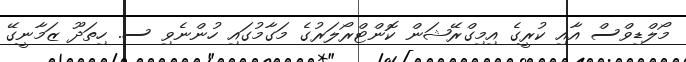
މޯލްޑިވްސް އާއި ކުރީގެ އިމިގްރޭޝަން ކޮންޓްރޯލަރުގެ މަގާމުގައި ހުންނެވި ސ. ހިތަދޫ ޒަމާނީގޭ